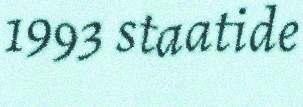
1993 staatide